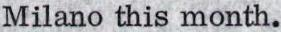
Milano this month.